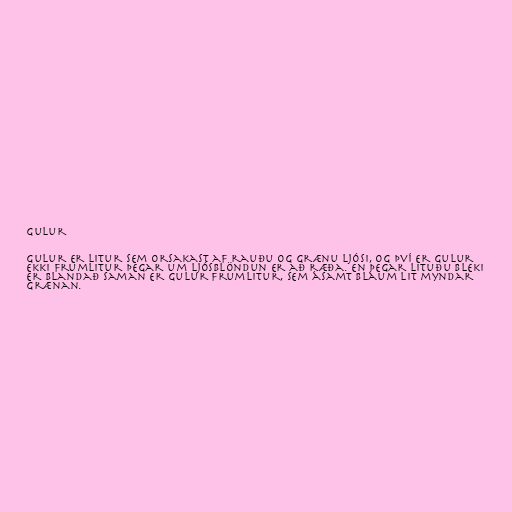
Gulur

Gulur er litur sem orsakast af rauðu og grænu ljósi, og því er gulur
ekki frumlitur þegar um ljósblöndun er að ræða. En þegar lituðu bleki
er blandað saman er gulur frumlitur, sem ásamt bláum lit myndar
grænan.